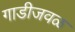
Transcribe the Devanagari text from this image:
गाडीजवळ